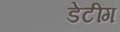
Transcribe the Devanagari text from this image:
डेटींग